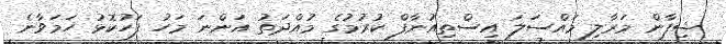
ޝިފާން މަރާލި މައްސަލަ އިސްތިއުނާފް ކުރުމުގެ މުއްދަތު އަންނަ މަހު ފަހުކޮޅު ހަމަވާނެ